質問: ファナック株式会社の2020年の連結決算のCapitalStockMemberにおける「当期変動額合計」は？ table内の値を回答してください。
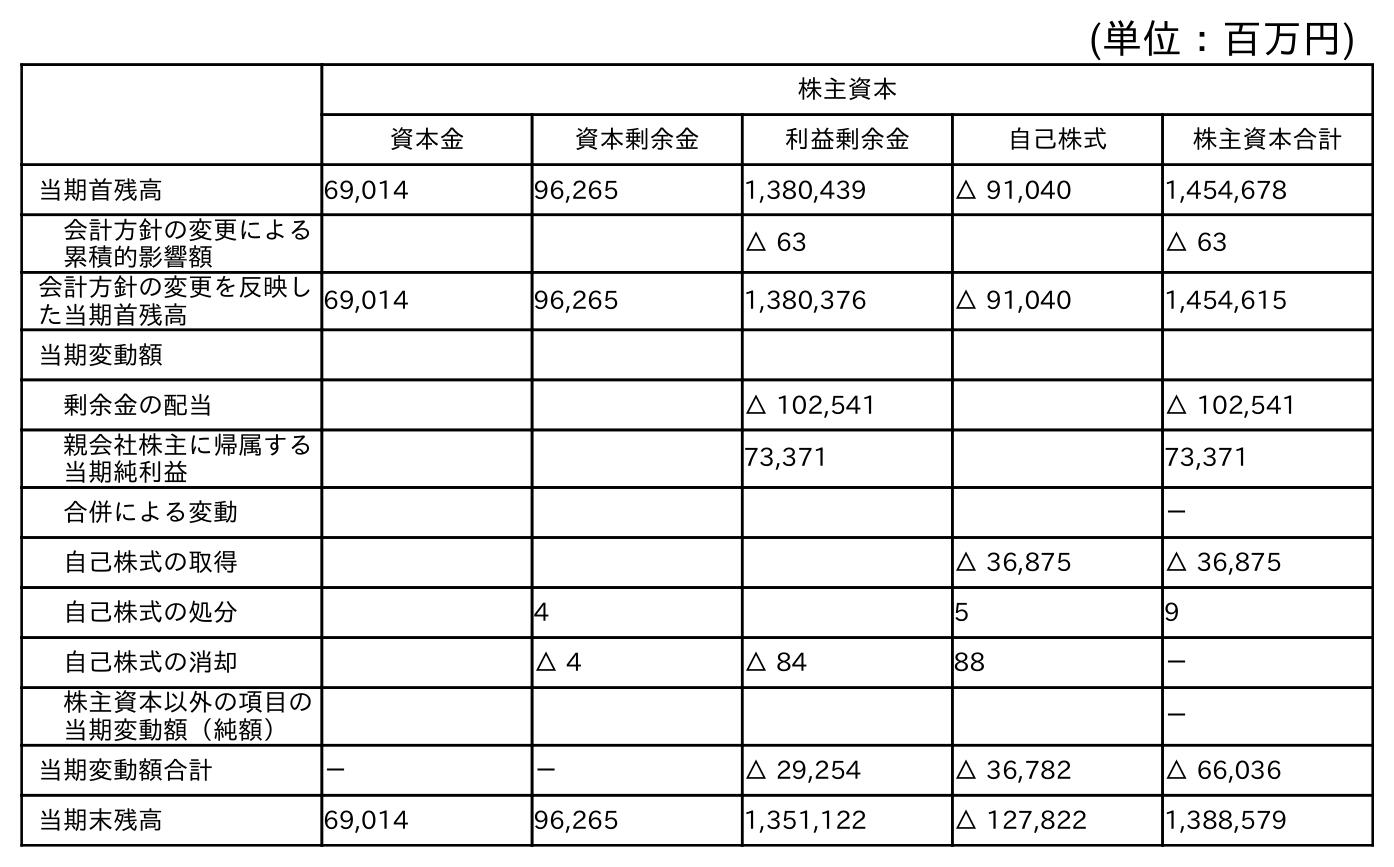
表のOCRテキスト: (単位：百万円) 株主資本 資本金 資本剰余金 利益剰余金 自己株式 株主資本合計 当期首残高 69,014 96,265 1,380,439 △ 91,040 1,454,678 会計方針の変更による 累積的影響額 △ 63 △ 63 会計方針の変更を反映し た当期首残高 69,014 96,265 1,380,376 △ 91,040 1,454,615 当期変動額 剰余金の配当 △ 102,541 △ 102,541 親会社株主に帰属する 当期純利益 73,371 73,371 合併による変動 － 自己株式の取得 △ 36,875 △ 36,875 自己株式の処分 4 5 9 自己株式の消却 △ 4 △ 84 88 － 株主資本以外の項目の 当期変動額（純額） － 当期変動額合計 － － △ 29,254 △ 36,782 △ 66,036 当期末残高 69,014 96,265 1,351,122 △ 127,822 1,388,579
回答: －